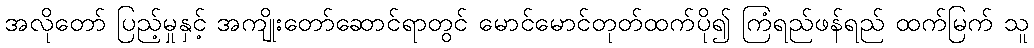
အလိုတော် ပြည့်မှုနှင့် အကျိုးတော်ဆောင်ရာတွင် မောင်မောင်တုတ်ထက်ပို၍ ကြံရည်ဖန်ရည် ထက်မြက် သူ